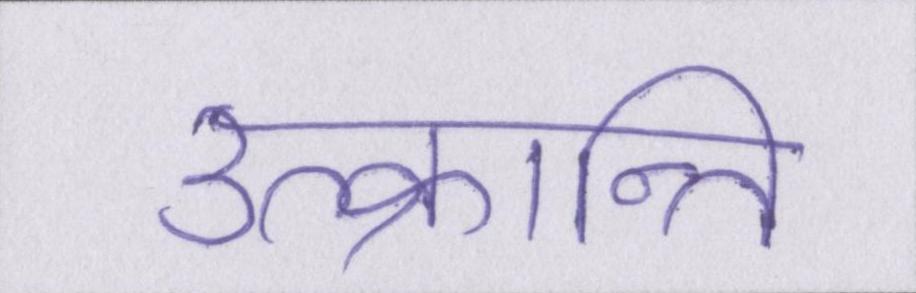
उत्क्रान्ति